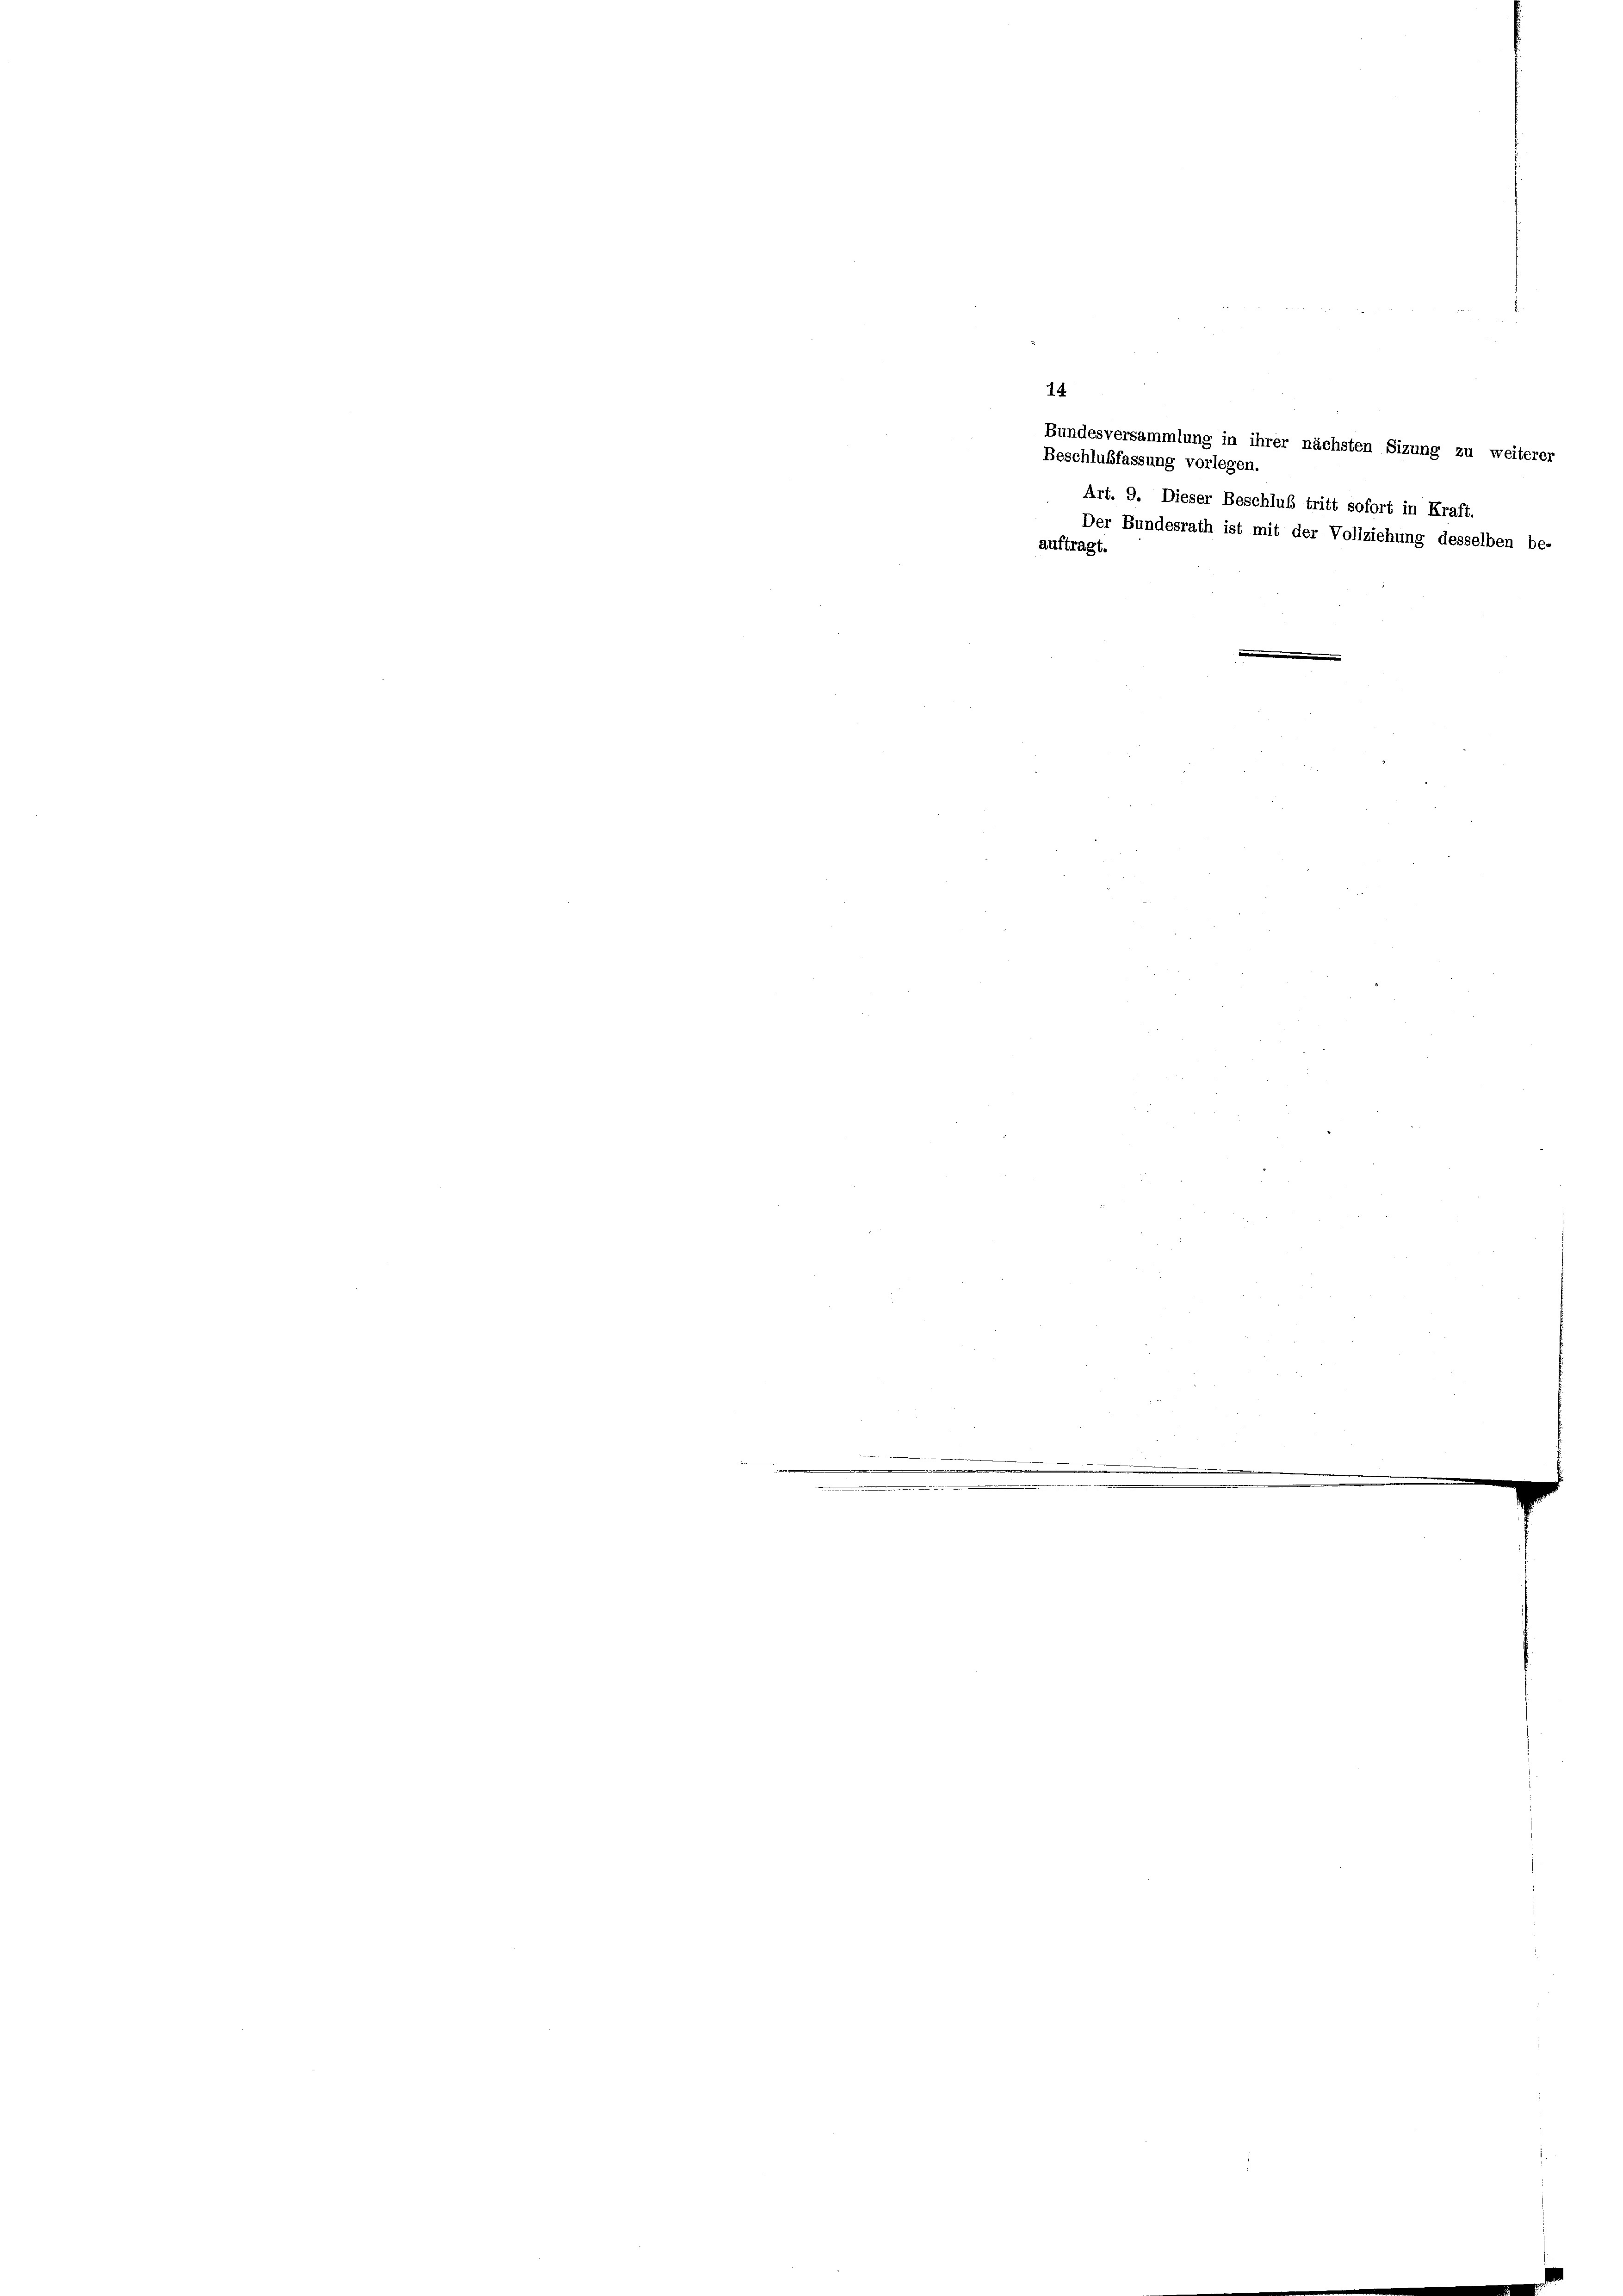
Art. 9. Dieser Beschluß tritt sofort in Kraft.
Der Bundesrath ist mit der Vollziehung desselben be-
auftragt.

14

Bundesversammlung in ihrer nächsten Sizung zu weiterer

Beschlußfassung vorlegen.